Annual report of the Punjab Veterinary College and of the Civil Veterinary Department, Punjab - 1926-1932
Year: 1926
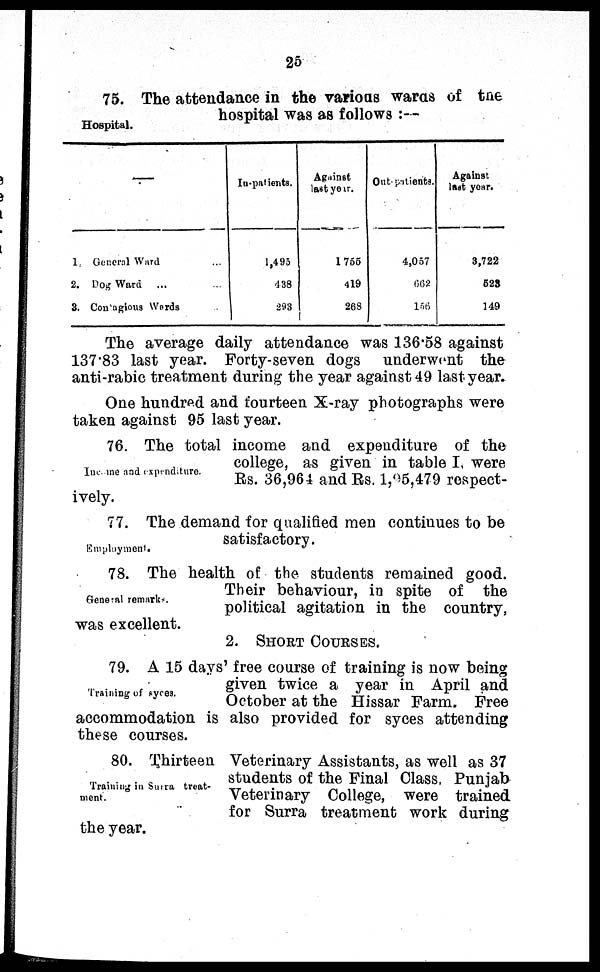
25
Hospital.
75. The attendance in the various wards of the
hospital was as follows:—
1 General Ward ...
2. Dog Ward
...
3. Con agious Wards
In-patients.
1,495
438
293
Against
last year.
1755
419
268
Out-patients.
4,057
662
156
Against
last year.
3,722
528
149
The average daily attendance was 136.58 against
137.83 last year. Forty-seven dogs underwent the
anti-rabic treatment during the year against 49 last year.
One hundred and fourteen X-ray photographs were
taken against 95 last year.
Income and expenditure.
76. The total income and expenditure of the
college, as given in table I, were
Rs. 36,964 and Rs. 1,95,479 respect-
ively.
Employment.
77. The demand for qualified men continues to be
satisfactory.
General remarks.
78. The health of the students remained good.
Their behaviour, in spite of the
political agitation in the country,
was excellent.
2. SHORT COURSES.
Training of syces.
79. A 15 days' free course of training is now being
given twice a year in April and
October at the Hissar Farm. Free
accommodation is also provided for syces attending
these courses.
Training in Surra treat-
ment.
80. Thirteen Veterinary Assistants, as well as 37
students of the Final Class, Punjab
Veterinary College, were trained
for Surra treatment work during
the year.